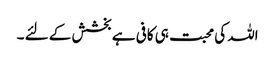
اللہ کی محبت ہی کافی ہے بخشش کے لئے ۔